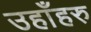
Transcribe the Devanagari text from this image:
उहाँहरु